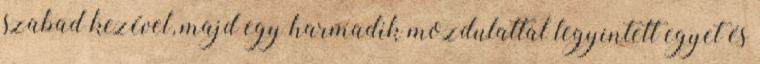
szabad kezével, majd egy harmadik mozdulattal legyintett egyet és